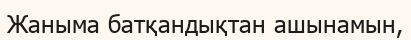
Жаныма батқандықтан ашынамын,